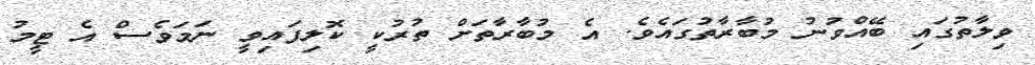
ވިލާތުގައި ބޭއްވުނު މުބާރާތުގައެވެ. އެ މުބާރާތަށް ތުރުކީ ކޮލިފައިވީ ނަމަވެސް އެ ޓީމު